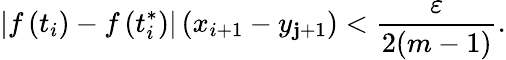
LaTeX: \left|f\left(t_{i}\right)-f\left(t_{i}^{*}\right)\right|\left(x_{i+1}-y_{\mathbf{j}+1}\right)<{\frac{{\varepsilon}}{{2(m-1)}}}.